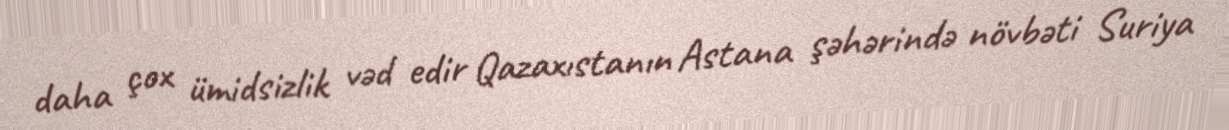
daha çox ümidsizlik vəd edir Qazaxıstanın Astana şəhərində növbəti Suriya